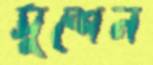
সুশেন